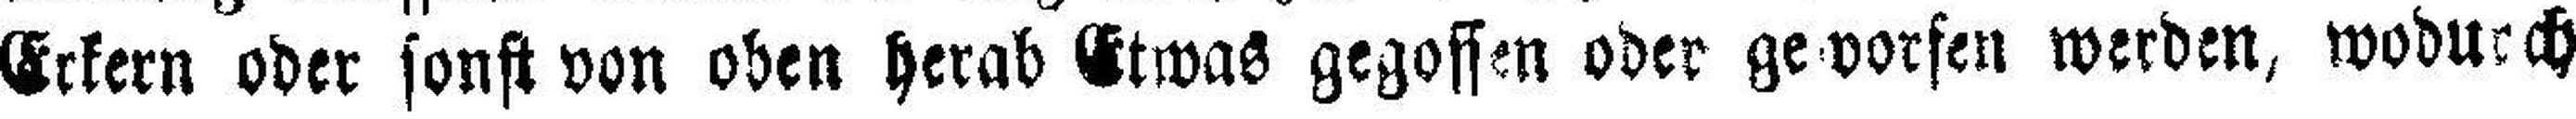
Erkern oder sonst von oben herab Etwas gegossen oder geworfen werden, wodurch